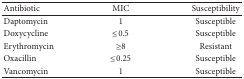
<table><thead><tr><td><b>Antibiotic</b></td><td><b>MIC</b></td><td><b>Susceptibility</b></td></tr></thead><tbody><tr><td>Daptomycin</td><td>1</td><td>Susceptible</td></tr><tr><td>Doxycycline</td><td>≤0.5</td><td>Susceptible</td></tr><tr><td>Erythromycin</td><td>≥8</td><td>Resistant</td></tr><tr><td>Oxacillin</td><td>≤0.25</td><td>Susceptible</td></tr><tr><td>Vancomycin</td><td>1</td><td>Susceptible</td></tr></tbody></table>